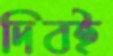
দিবই